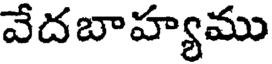
వేదబాహ్యము